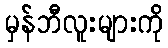
မှန်ဘီလူးများကို